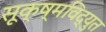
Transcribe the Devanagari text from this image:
सूक्ष्मविद्युत